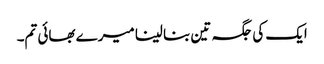
ایک کی جگہ تین بنا لینا میرے بھائی تم۔